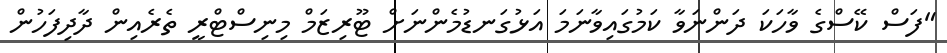
"ފަސް ކޭސްގެ ވާހަކަ ދަންނަވާ ކަމުގައިވާނަމަ އަޅުގަނޑުމެންނަށް ޓޫރިޒަމް މިނިސްޓްރީ ތެރެއިން ދާދިފަހުން